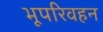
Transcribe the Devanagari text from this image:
भूपरिवहन